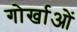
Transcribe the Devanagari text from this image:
गोर्खाओं